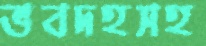
ভবদহসহ